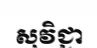
សុវិជ្ជា